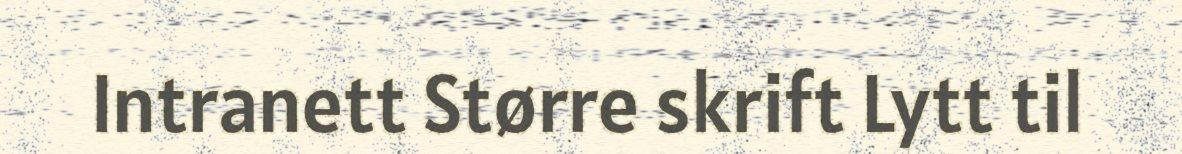
Intranett Større skrift Lytt til